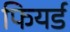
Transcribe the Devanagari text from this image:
फियर्ड